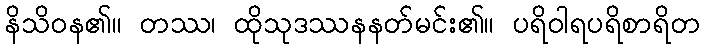
နိသိဝန၏။ တဿ၊ ထိုသုဒဿနနတ်မင်း၏။ ပရိဝါရပရိစာရိတ